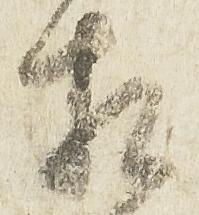
相